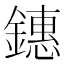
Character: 鏸